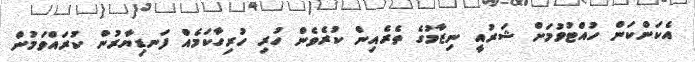
އެކަންކަން ހުއްޓުވުމަށް ޝަރުއީ ނިޒާމުގެ ތެރެއިން ކުރެވެން ހުރި ހުރިހާކަމެއް ފަނޑިޔާރުން ކުރައްވަމުން